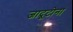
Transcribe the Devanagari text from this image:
जादूटोना